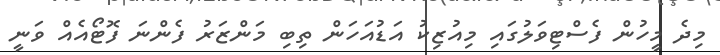
މިދެ މީހުން ފެސްޓިވަލުގައި މިއުޒިކު އަޑުއަހަން ތިބި މަންޒަރު ފެންނަ ފޮޓޯއެއް ވަނީ